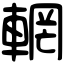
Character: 輞